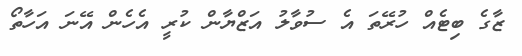
ޒާގެ ބިޓެއް ހުރޭތަ އެ ސުވާލު އަޒްޔާން ކުރީ އެހެން އޭނަ އަހާތޯ